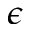
\epsilon